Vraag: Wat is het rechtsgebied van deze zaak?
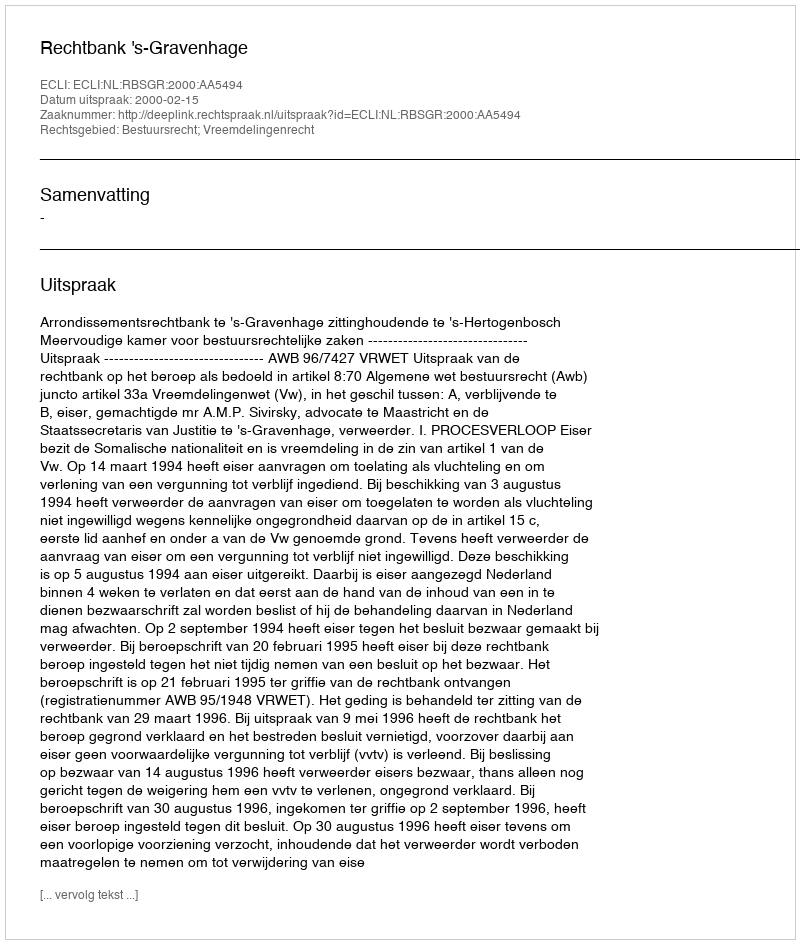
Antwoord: Bestuursrecht; Vreemdelingenrecht